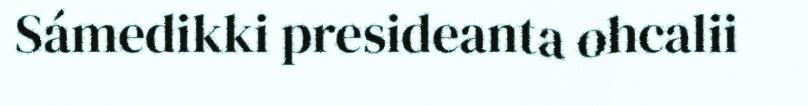
Sámedikki presideanta ohcalii